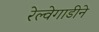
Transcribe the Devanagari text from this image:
रेल्वेगाडीने